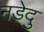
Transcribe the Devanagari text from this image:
नडेदु